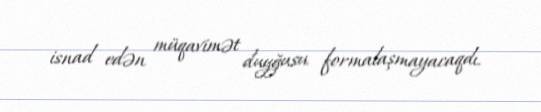
isnad edən müqavimət duyğusu formalaşmayacaqdı.